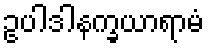
ဥပါဒါနက္ခယာရာမံ